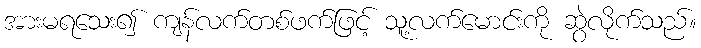
အားမရသေး၍ ကျန်လက်တစ်ဖက်ဖြင့် သူ့လက်မောင်းကို ဆွဲလိုက်သည်။